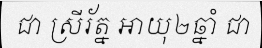
ជា ស្រីរ័ត្ន អាយុ២ឆ្នាំ ជា